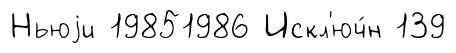
Ньюjи 19851986 Искл'юч́н 139